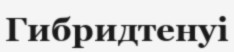
Гибридтенуі